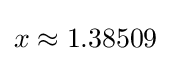
x\approx 1.38509